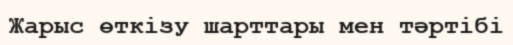
Жарыс өткізу шарттары мен тәртібі